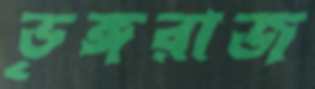
ভৃঙ্গরাজ